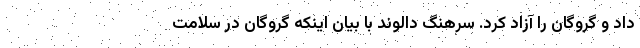
داد و گروگان را آزاد کرد. سرهنگ دالوند با بیان اینکه گروگان در سلامت